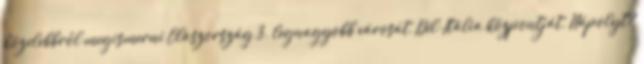
közelebbről megismerni Olaszország 3. legnagyobb városát, Dél-Itália központját, Nápolyt?